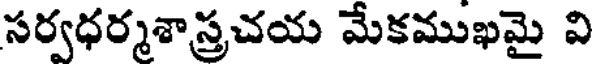
సర్వధర్మశాస్త్రచయ మేకముఖమై వి